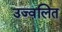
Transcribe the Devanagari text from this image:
उज्वलित